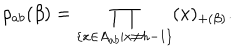
LaTeX: \rho _ { a b } ( \beta ) = \prod _ { \{ x \in A _ { a b } | x \neq h - 1 \} } ( x ) _ { + ( \beta ) } .